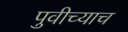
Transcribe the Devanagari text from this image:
पुवीच्याच